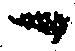
へ